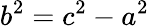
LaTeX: b^{2}=c^{2}-a^{2}